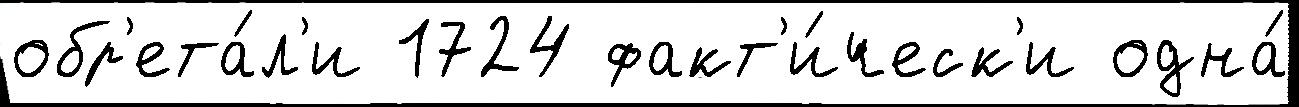
обр'ета́л'и 1724 факт'и́ческ'и одна́